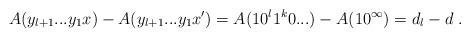
LaTeX: \begin{align*}A(y_{l+1}...y_1x) - A(y_{l+1}...y_1x') = A(10^{l}1^k0...) - A(10^\infty) = d_l -d \ .\end{align*}